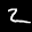
Label: 2